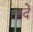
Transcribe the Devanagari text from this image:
कदे